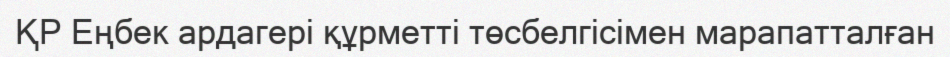
ҚР Еңбек ардагері құрметті төсбелгісімен марапатталған